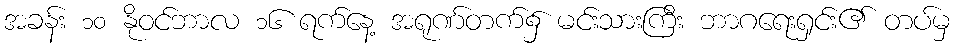
အခန်း ၁၀ နိုဝင်ဘာလ ၁၆ ရက်နေ့ အရုဏ်တက်၌ မင်းသားကြီး ဘာဂရေးရှင်း၏ တပ်မှ